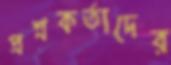
প্রশ্নকর্তাদের